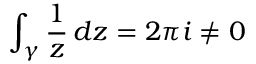
\int _ { \gamma } { \frac { 1 } { z } } \, d z = 2 \pi i \neq 0